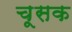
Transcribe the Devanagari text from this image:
चूसक